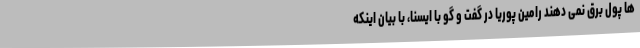
ها پول برق نمی دهند رامین پوریا در گفت و گو با ایسنا، با بیان اینکه